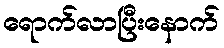
ရောက်လာပြီးနောက်